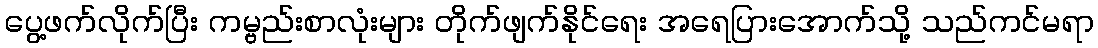
ပွေ့ဖက်လိုက်ပြီး ကမ္ဗည်းစာလုံးများ တိုက်ဖျက်နိုင်ရေး အရေပြားအောက်သို့ သည်ကင်မရာ